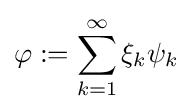
\varphi :=\sum _{k=1}^{\infty }\xi _{k}\psi _{k}